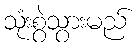
သုံးစွဲသွားမည်